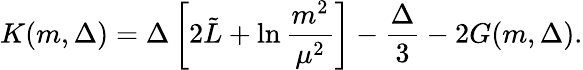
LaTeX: K(m,\Delta)=\Delta\left[2\tilde{L}+\ln\frac{m^{2}}{\mu^{2}}\right]-\frac{\Delta}{3}-2G(m,\Delta).